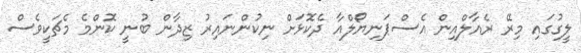
ލީގުގައި މިރޭ ރެއާލްއިން އެސްޕަނިޔޯލްއާ ދެކޮޅަށް ނިކުންނައިރު ޒިދާން ބުނީ ކޮންމެ މެޗަކީވެސް